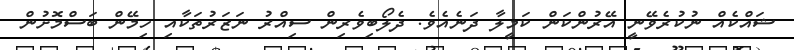
ޝައްކެއް ނުކުރެވޭނީ އޭރުންކަން ކަމީލާ ދަނެއެވެ. ދެލޯބިވެރިން ސިއްރު ނަޒަރުތަކާއި ހިމޭން ބަސްމޮށުން